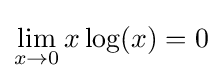
\lim \limits _{x\rightarrow 0}x\log(x)=0